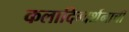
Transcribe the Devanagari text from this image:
कलादिग्दर्शनाची